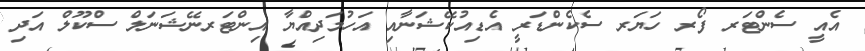
އެއީ ސެންޓަރ ފޯރ ހަޔަރ ސެކެންޑަރީ އެޑިއުކޭޝަނާއި އަހުމަދިއްޔާ އިންޓަރނޭޝަނަލް ސްކޫލް އަދި